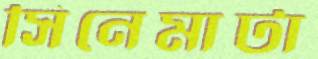
সিনেমাটা